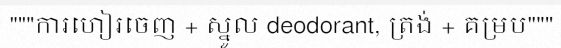
"""ការហៀរចេញ + ស្នូល deodorant, ត្រង់ + គម្រប"""